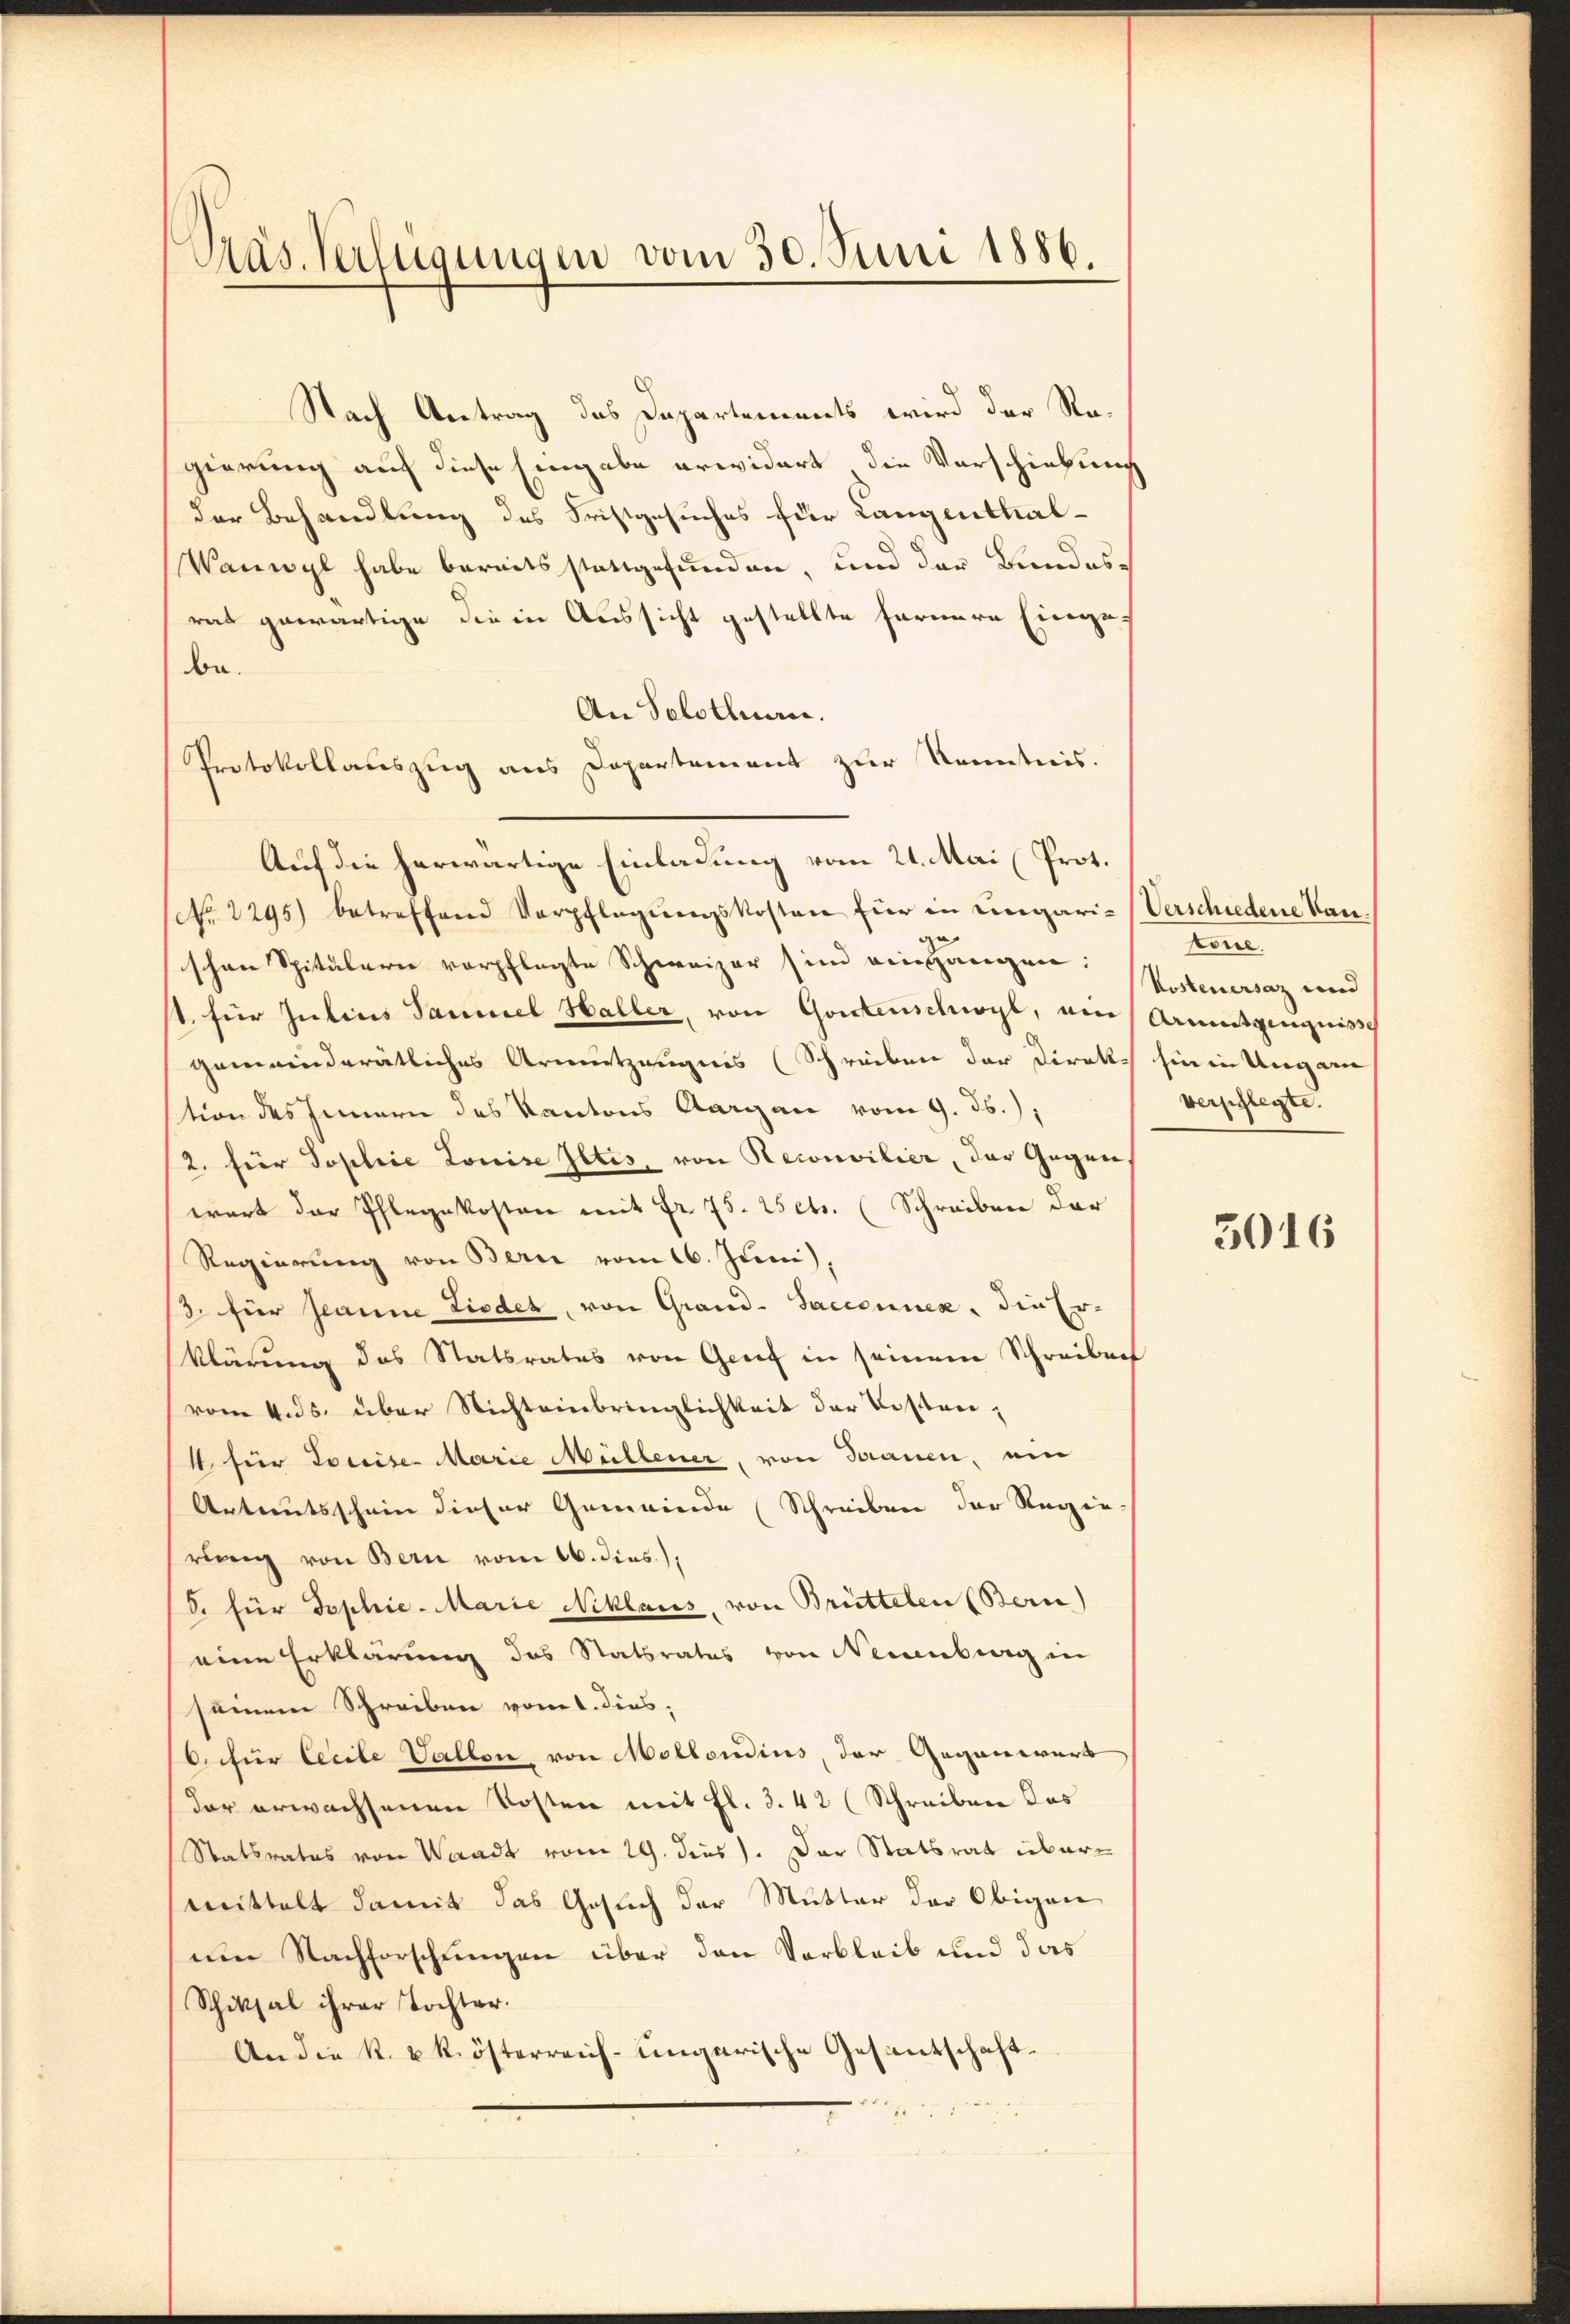
Pras Verfügungen vom 30. Juni 1886.

Nach Antrag das Departements wird der Ragierung auf diese Eingabe erwidert die Verschiebung
der Behandlung des Fristgesuches für Langenthal¬
Wanwyl habe bereitsstattgefunden, und der Bundesrat gewärtige die in Aussicht gestellte fernern Eingebe.
An Solothurn.
Protokollauszug aus Departement zur Kenntnis.
(No. 2295) betreffend Verpflegŭngskosten für in engari-Verschiedene Hanzu
schen Spitälern verpflegte Schweizer sind eingangen:
st für Julius Sammel Haller, von Gontenschwyl, ein Armutginquisse
gemeinderätliches Armutzeugnis (Schreiben der Direkt hier in Ungen
tion des Innern des Kantons Aargau vom 9. ds.,
2. für Toplice Louise Iltis, von Reconsilier, der Gegenwart der Pflegekosten mit Fr. 75. 25 cts. (Schreiben der
Regierung von Bern vom 16. Juni),
3. für Jeanne Lieder, von Grand-Saciennen, die Er-
klärung des Statsrates von Graf in seinem Schreiben
vom 4. ds. über Nichteinbringlichkeit der Kosten,
1 für Louise- Marie Müllener, von Trauen, ein
Artreitsschein dieser Gemeinde (Schreiben der Regie
rung von Bern vom 16. dies.),
8. für Sophie-Marie Niklaus, von Brüttelen (Bern)
eine Erklärung des Statsrates von Neuenburg in
seinem Schreiben vom 1. dies,
O. für lecile Vallon, von Mollendius, der Gegenwart
der erwachsenen Kosten mit fl. 3. 42 (Schreiben das
Statsrates von Waadt vom 19. dies). Der Statsrat übermittelt damit das Gesuch der Mutter der Obigen
nen Nachforschungen über den Verbleib und das
Schiksal ihrer Tochter.
An die k. u. k. österreich-ungarische Gesantschaft¬
202

Auf die herwärtige Einladung vom 21. Mai (Prot.

tore.
Kosteuersaz und
verpflegte.

3016